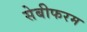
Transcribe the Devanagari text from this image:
सेबीफरम